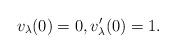
LaTeX: \begin{align*}v_{\lambda}(0)=0,v_{\lambda}'(0)=1.\end{align*}